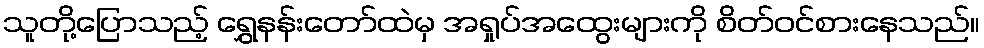
သူတို့ပြောသည့် ရွှေနန်းတော်ထဲမှ အရှုပ်အထွေးများကို စိတ်ဝင်စားနေသည်။